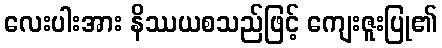
လေးပါးအား နိဿယစသည်ဖြင့် ကျေးဇူးပြု၏